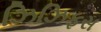
ઝિઝિફસ